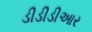
ડીડીડીઆર